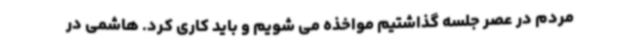
مردم در عصر جلسه گذاشتیم مواخذه می شویم و باید کاری کرد. هاشمی در